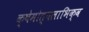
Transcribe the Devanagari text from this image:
क्षेमोत्पलाभिक्व